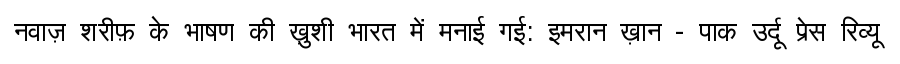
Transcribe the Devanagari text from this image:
नवाज़ शरीफ़ के भाषण की ख़ुशी भारत में मनाई गई: इमरान ख़ान - पाक उर्दू प्रेस रिव्यू